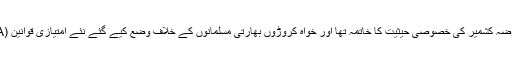
یہ کھیل چاہے مقبوضہ کشمیر کی خصوصی حیثیت کا خاتمہ تھا اور خواہ کروڑوں بھارتی مسلمانوں کے خلاف وضع کیے گئے نئے امتیازی قوانین (CAA اور NRC)۔